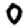
Digit: 0